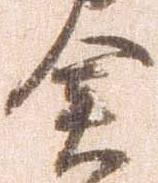
倉